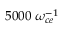
5 0 0 0 \; \omega _ { c e } ^ { - 1 }